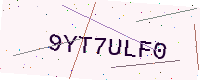
Text: 9YT7ULF0